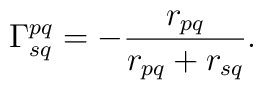
\Gamma^{pq}_{sq} = - \frac{r_{pq}}{r_{pq} + r_{sq}}.